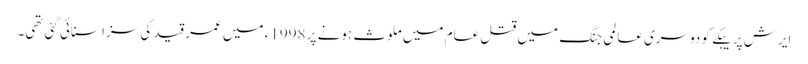
ایرش پریبکے کو دوسری عالمی جنگ میں قتل عام میں ملوث ہونے پر 1998ء میں عمر قید کی سزا سنائی گئی تھی۔